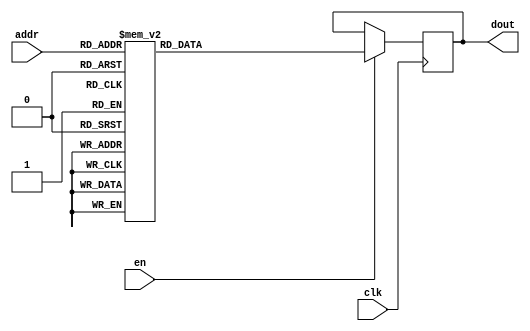
`timescale 1ns / 1ps
/*
Copyright
All right reserved.
Module Name: rom_syn
Author  : Zichuan Liu, Yixing Li and Wenye Liu.
Description:
A synthesized ROM: ROM_DEP x ROM_WID
*/
module DC_9_W_ROM_14(
// inputs
clk,
en,
addr,
// outputs
dout
);
localparam ROM_WID = 512;
localparam ROM_DEP = 32;
localparam ROM_ADDR = 5;
// input definition
input clk;
input en;
input [ROM_ADDR-1:0] addr;
// output definition
output [ROM_WID-1:0] dout;
reg [ROM_WID-1:0] data;
always @(posedge clk)
begin
if (en) begin
case(addr)
		5'd0: data <= 512'b10001110011011111010100000101001100101100111101001110011110000100001011100111001010010011110011001110110011111010010001001100110111111001011010111011101111111110000111011111001010011101101101000110000101110010000100110100001001000011010110111011100001010000101101111001101101001100100010110100000011100010100011010100111011001011001010011110011100100000010000010010101110100100011001111010101001010110110001101010000011011010001000011010010101101011101110000001110010011101100010101010001011101111110010000001001;
		5'd1: data <= 512'b11101001001110011001111001011011100001111001000101011111110101010100110111110101100011100011010011101001111000110000100111011110000111111101111111001110100001100101001000001000001000001001001111110010010101101011111111101001100011110101011100101000001110000011101011011101101101001110111110001011111110011100110010000110010001111000011001001110011000011011010111001011011011001111001011110110101000111011010110000110001110101000101101000000100001111100100000000010010010000010100011001000001110110101010010001110;
		5'd2: data <= 512'b00100111001001111010001011100100011100100110000011010010011010010011100101000000011000011000000001000100000101010011000000000011001010111010001101110001011011101101010001011110010111011000110110010100100000000100110110001010001110101101010110111000110001111001011011000010000011110001000110011010000100110000000010111111101111000100110010000001000111100010101000100111110110010010101011101110111111001011000100110001110101011110000010001010101110100110110100000000110001111100101100010101001100011110111010000111;
		5'd3: data <= 512'b10011100010000101010001011101100011100100010101100100001100010111010101000101001110000101100011001001000000101010111101010100100111111101010011100100011101100011010011101001001110001000110110100110101101110010101101110010010011000000110101110001100010101111001010100001110010010010100110010100000011000100011001010111011100100000101110000000011100001011011101001000110110100110001111100100001010010011110000011011000100101100000111010100011011110100001001111000101001111011101111101100110011011011010010010100110;
		5'd4: data <= 512'b01000110110100011001111001011111101011011000100101101101110100011001100111011010010000000111100000011011111011100100111111101010010011100100010000101111101110101000011110000000001010100010000101101011001001000001100101111110100011001100110000010100100010110111100110011101100100000110011001010000011111100111110100101110001011100100001011101000100100000110110111111110011100110010001101010010110001100011010100110101001011000101011001001110010101011111100111100011100000100011101111111000110000110001101110100101;
		5'd5: data <= 512'b00010111110001110110000110100100111110010110111110100000001010101011000000000011111100011000101101010110010111001111010000100001111010000110100000110001011010011010110110110111100111110100110000001101111110110100000000000100011100101110100001010111100101110101010100101011010110110101000001110100100001100011001101111101101110000110101100110001100101111100100000101000100100111000110100001001010011000100100001111001110101010101010110110100111010000011001111101100101101111101011100110111110001001000101101110001;
		5'd6: data <= 512'b11101000001110011001111001011011000001101001100101111101110101010100111111101100110011100111010011001001101000110010101111011010000001110001011111001110000101100100101000000000001000011001011111100010010110011011111101001011100111111101011100101001011111011010101001110101101101001110111111001011111110011000100010000110010001111001011101001110001100010000010110001101011011001111001011010110111001110011011111010110011110011010111001000001000101111100100001000001001000000010000011001000001110110111010011001100;
		5'd7: data <= 512'b11111111011011101111101011010101011011101010111111011111011000010000101101111001101011101111001111101011100011101000100001110010111111111011001000001000110101010011110010001010000000101100100101111001001001110101011010111101101110000111110010111101101101001001011100001101010000011010000010111001011100000100001110000110000000001110010101110111010001111010001001000111110110011000011000000100000010000110001011000101111100010001001111110000100010010011101101010011110100101011100010011011111100010010110000110110;
		5'd8: data <= 512'b01110110100101111001000101011001010010000001101100101100000100100101010010101110000110110001110010110011101101000001010111100101000101001111001000110010010111001011011100001011001100100101000011100111000010100001101001100000110010001110010001011111110111010101001101111001101100010010111100110101000011011110101101001110110100100110111100011110101100111101001101101110011001011001110001111101010011101111111000110111110011110101100111111011001110110101111111110001001001000100010110011100101000000101100001001101;
		5'd9: data <= 512'b10010110110001100110001110100100111110010110101010100010000011101010001000010011101100001000101101110110010111001101011000100001111010001010100100110001111010011010110111110111110111100110110000010101101010110100000000010010111100001010100011010111100000110000010100001011010010110001000001110100100001100011001101111001101110000110100000110001110011111100101001100100100100100000110000001001010010000100100001111001110100100101000110111100011110000011001111101111101101101101011100110111110001001010101101110001;
		5'd10: data <= 512'b00101001111001110000111100101001111001100010100011110110010010100011000111110100100000100111110011000100010110000110011000111010111011010100110101100011011111100100010010100101011011111011001000010100010011000100000010110000000001001010000101110110111010000111011011001101101101110100011010110000010100100010110000011110010001010101100010110011000000011110010101001001110100100000101011001110111110101011010100010100011111000100000011001100011101100011000010001111010011111100110101100001001101110110111110001000;
		5'd11: data <= 512'b01110011010110001101010000011000100011011100010011110011111001100101010111000101110111010010110110100001111010100010111011010010100100011001000010011110111001000000110100110111101101001110100011001011010111111011011101111111110101011001111110101001111111000111100111111110001101001010111011100011101100011110110011010101011110111011101011100100010110101001010110011001111001101010111110011111101001111111111111100110111110010111000101111011000001111011110011011111011000100110000001001100010101010101011100001010;
		5'd12: data <= 512'b00111110011001101010000010100001011000100011010000010000010010100101011100000101011110000000011011101100000100010110100000000111001111111011001001100000011001001110111101001011010111001101101010111001000111101101110010000011001100000111010110101000111100111001111101100011011001110011100000000111101000111100001000111111101010001001110000111001011011111101011110000000010011110000100011101101011011010100100111000010100101100011001100001010101110100000011000011010010101011100010001000111001011101111111000111101;
		5'd13: data <= 512'b11001011001100001001111000101001000001101001000001111111000011100101111111111100010000100100010010011101101100100111101111011110000100111001011011001110100101100001011000101000001010101011001111110010000101101000101111000101100101110001011100101010011100100011001011100101101001000110100110001011011110001100010010000011011001111111010101001111111000001011010110000011001001000111001010110110000101111011011100110110001010011101111001011001100111111000101000000001110100010001110011001001000111110111011010001110;
		5'd14: data <= 512'b10101111111011001101001010001100010010001101010011101110010010001010001111010010011001111111100110110011110101001000101000011011001000010111101000010010010011010000110001100111101110111100010011000100010010010100010011101101100101001101000010101100110011001010111010100110100111100011111111111010110001010101100110011101100101010010000010100101001000100010100000100010010111010010001010110000011001001100110000110011110100110111011100100011010011110010010100111101111000101101111101000111110000001111000010000001;
		5'd15: data <= 512'b01111001000101000000101111011110011001101001000010000001000011011110010001000111111110011000110110110100001100110111011100001101000100101101101001110010001000001110111110001110110100011001011111100100010101011001110001000011010111100101000010100011110001111010011011000110010000111011100101001101111001011101000000111001111010011011110110011000011010011101111010100010111011011101010011101011001100001000000110101111100100100010110110101011011100101100000101010000101110011010001010001100101010001100100110101110;
		5'd16: data <= 512'b10011011000101101101110010101011100011111110011000100011011000000111110101001010101000010110110101101001001010001000001001100111011010100011001111101100000011000000110011101001001111111100111010100001011011111110000000000101101101110000111011101010011100001011100001101010011001100101001001101010011000001101001010111001101011011000010001100101010111001001010110101101100000110010001010100100001110110110000101101010010010011011001110010100100101111011011001101100100100010100010001100111000101111011011101011010;
		5'd17: data <= 512'b01001100111101010100110011010110000011000011001110010101111101010000100111111110011111011111000100000010101100100101110001110000000010010110101010000111010100011111000101000110010100110100000111001111100100101101011110101010010111011101100101001111101101101101110100111101000110011101101011111010000011100100111101000001110110100010000111101100100100111110111000111110010111011010101111110001100001111111110110110101110001110111110001110111110001010110100101100101101011110000101010001011101000101111100000110111;
		5'd18: data <= 512'b00111001010110110110011100100011111011111110010101100110111000011110111001110001100101101110101011011110100000101110010111001010010110001111111101101111111011000001000001100111001001101110010011110000001001001010011100010110000001100010001100100010001001101010101001011110010010001000010000010100110100001011010101110010010001010110100000110011101010011010100001100101101000011101101001001110011010011110100000001110000101001010000110001100000101111111101010000010010100000101110101101001110101111001111110001010;
		5'd19: data <= 512'b11011011111111000101001010011011100001011101110001000011101101100001100111101011101111110000110101010110101110010000011011110010110011010000101000001100000001101110110010111101010010000100110000011010111111010001001111101010000100001001100010011100111010000001100011111001001101100011101000100011001101100110111010111111110010110011000011011101100011010101001001010011000100100010000111010100110000010110010111000111101011011101110011010100111011100101110010101011010110100110100101011001011111101100100001010010;
		5'd20: data <= 512'b01010001011011100111000000110011001001101101010011011011111110101111100011001010111110101000100101110100111100011000100111101110101101000001101010100101100010101010111011110001111010110111010011101010110101110010001101010001100100011100000011110011110010011111111001001001110100110100001001111100111100111001001000111000100010100110111001110101110011111100001111011111000101100010101100011001001001110111011111000110010101011001111001011100101110010111010110111001110110010110110001110100010001100011111111110000;
		5'd21: data <= 512'b01111000101101000000110100110011100110110111110100001001101101100101110001001110111010000101100100111001111111100110110111011100000101100111111011110100100110110111100010011110001100000000000001010010111100101111011101111110000111111001010001100110001001011111111100010100111100001011101101101001011110011110110111100000110010111011010111111011111110010111000000111011011011010111111101011100111101110001010101101111111010010100010001110101001001010011001001010011111001000010100011001010100111000011101011011000;
		5'd22: data <= 512'b00001100111000110001001110100111011001110100000010001010010111011010000111001011001110011111101001100010010111111101001000001101111011110010100100110011101000111110010000111101010111000110100001110010100100110110100110011010010001001010100000010100111010101111110010000000000111110101001011001010101011100111001100111101101110000101000011000011010111111010001011111111100100100000110101110101100111000100000111111001100000110011110101100110101110010001000000101111100110111010011000000101100011001010100110000110;
		5'd23: data <= 512'b01001110100000101000000000110101100100001010100010001000010110001000000100010111111110001000100001010101000111101101101010111111010001111000111100100011101001001110010001010000111011010100101000101110010000100001101110000110010001010100101011011110110001100110011000001000011111111100111111010100100001110101001000011101110010000101101110100000011000011011010001110010101100111100101001111001110011000000111111110100100000101110000110110101111100000001110101000100111011111010000110011011001010011110111110110001;
		5'd24: data <= 512'b00110100110011110110000111000110011110000110111110100000101001001011000000000011111111011101101101100110010011011001010000100001111111000010100100110001011010011110100110010111111101110100110000011111111110010110100000110000011000001110110011010101100011111100010100011010010110111001010001110100100001100011001101111100100110000000101110110001100111110100101001111100100100111000110101001001010011001100100001011001110100010110000110100010011010000001010111111110001011101100011100100110111000000000100101110111;
		5'd25: data <= 512'b11110101011110100011001011010111111000101101010111011111111001011000101010101001110111111001111011100000110001111010011111110010110110001000110000011010110101101011011010111100111100110010110010101010000000000011001010111011010010100010010110011111110011101100100100011101011000111011110010111100011100001111000010000100010011000110101011110101111001110011101001000111101100011100011001100111011011010111011010010100101100001100000011101010010011100011011111010101010110001011101111011001011100011010111000010000;
		5'd26: data <= 512'b10001000100001000111110111101110100110100010101110001011010011001010101001011101111000110101101111011011110100001110111011100111101000101010000011010010000100001010110010010101110001100010111100111110111011010001111001101101001100110110100010010111000101101000010000111110110010100110010111100110000010010111111011001000100111010110000001010001110100001111100010011110101100010101011000100001001101011110001011101000110010101010010000110110011010000011001110000101100110011100111001011110101111001010100110010011;
		5'd27: data <= 512'b01110000100001111011100101010001011010100010110001010100100011010001000111100111101110010111110011101100010010111110010011010100110111011000001101110111011011111110011101010100010101011001101000011110011001001001001000000000001011000110010101011110111110110101101011110000010000111000000111010110101111010010010001000111011001111101111001101001010001001000111100011011101100111100101011011111111111111000101111000101011101000101000111011100010101000110110111001110001011100010001010111001000100111101111101010111;
		5'd28: data <= 512'b11110100110000111010011101110111001111100000010111100000110010111010101111000011111011010001100101001111000001111001000011111001000001100010100001100101101001010110100000011110100100111110110101000110011000010001101110111010110111101111100111100111010111011010001100010010000101111001101001110100001011100001100100101111100010111110001110000011111010100111000100101001111110101000010101001110100011111110100111011100100100001001100110110000100011000010010101010010111101011011100010011101100100011010101001000111;
		5'd29: data <= 512'b01110110001001100000010101010110110000000011000100011010101100010001100001100101100110001010110000010100101101100101100000011101000111101110101000100110001000011111110001001110011100110100000000101110011101011101001000001100000010110000110101010010110001101111110101100110010110011011101101011000100011011101000000111011110110101001011110101101101010111011110001100000000111001011111101111001111010101010000111111101100000111010101100100100101110000100110001110000101111000010001111000101000111001101001000100101;
		5'd30: data <= 512'b10011001001101110100110100000001101010110111111101100110001101000100000011010110111010001101100100010010011110000010110001011001010001110111111111100001100101110111101000100101001110001011001001111001111111101101011110100110100000111001001001100111000100001111001000011010111010000101001100001000111111011100111100100010011101101001110001111011110100011001000000111001010011100110100001001100100000111010000101100011010001000000000110010100111000011110000000101010110001100100110001111111000101110111111001011000;
		5'd31: data <= 512'b11000100100010111010010001010011010111101010000001001000110011111011101110000001110101010001101111110100111001111010100011110110000100101000110000100111011001100100100101011000110001110010101100111010101101110000101000001111000111011110010111100000011010011111101111110001010001101011010011110110010100000010111000000100110010111100101010010100111011110110111111101000101111101001000101011101110000011111101111001100101000001010000000010011100110000001010111010110000110111010010110011000110101111001001100010111;
		endcase
		end
	end
	assign dout = data;
endmodule